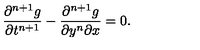
{ \frac { \partial ^ { n + 1 } g } { \partial t ^ { n + 1 } } } - { \frac { \partial ^ { n + 1 } g } { \partial y ^ { n } \partial x } } = 0 .